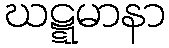
ဃဋ္ဋမာနာ